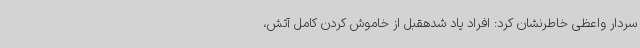
سردار واعظی خاطرنشان کرد: افراد یاد شدهقبل از خاموش کردن کامل آتش،